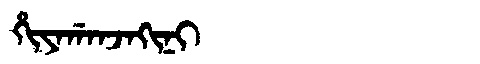
Manchu: ᡥᡳᠶᠠᡤᠠᠨᠵᠠᡴᡳᠨᡳ
Romanization: HIYAGANJAKINI